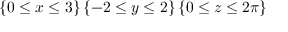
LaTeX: \left\{ 0 \leq x \leq 3 \right\} \left\{ - 2 \leq y \leq 2 \right\} \left\{ 0 \leq z \leq 2 \pi \right\}